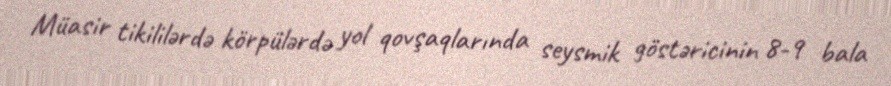
Müasir tikililərdə körpülərdə yol qovşaqlarında seysmik göstəricinin 8-9 bala